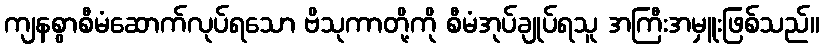
ကျနစွာစီမံဆောက်လုပ်ရသော ဗိသုကာတို့ကို စီမံအုပ်ချုပ်ရသူ အကြီးအမှူးဖြစ်သည်။